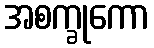
အစက္ခုကော